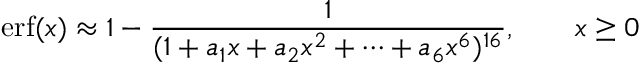
\operatorname { e r f } ( x ) \approx 1 - { \frac { 1 } { ( 1 + a _ { 1 } x + a _ { 2 } x ^ { 2 } + \cdots + a _ { 6 } x ^ { 6 } ) ^ { 1 6 } } } , \qquad x \geq 0